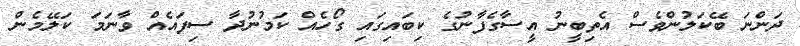
ދަންނަ ބޭކަލުންވެސް އެތިބީނު އީސާގެފާނުގެ ކިބައިގައި ގޯހެއް ކަމުނުދާ ސިފައެއް ވާނަމަ ކަލޭމެން